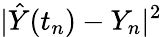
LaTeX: \lvert\hat{Y}(t_{n})-Y_{n}\rvert^{2}